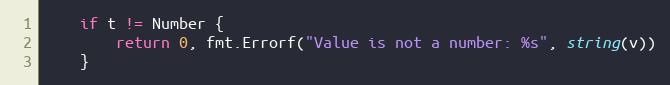
Language: Go
	if t != Number {
		return 0, fmt.Errorf("Value is not a number: %s", string(v))
	}